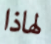
لهاذا